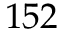
1 5 2